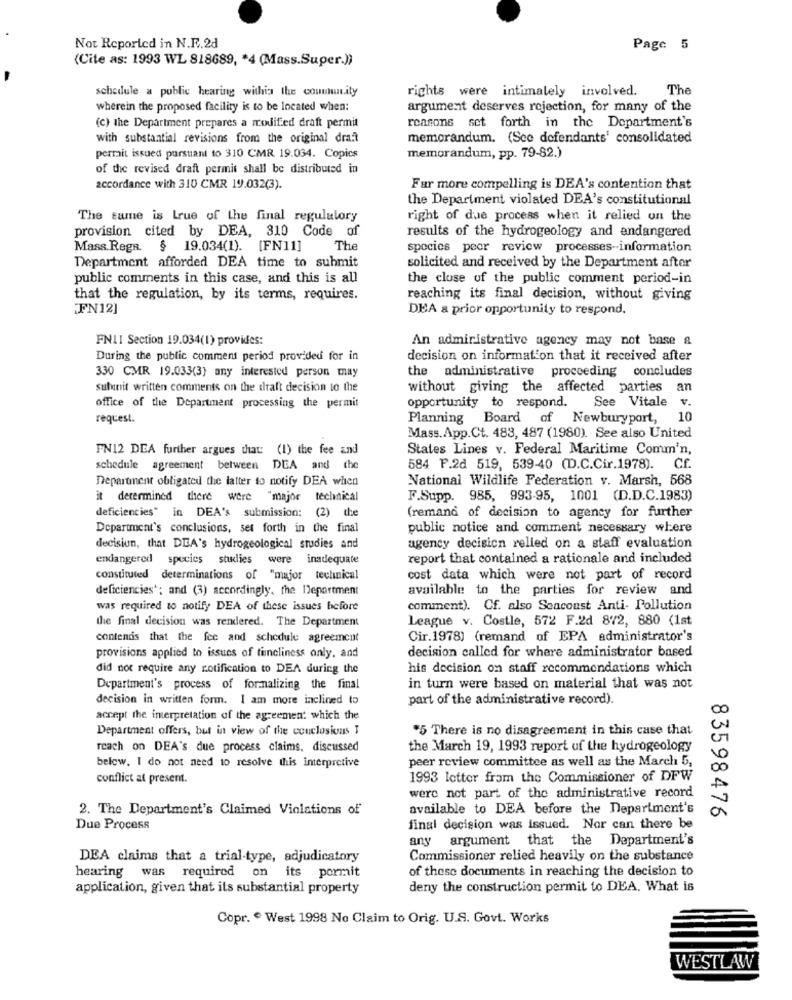
Not Reported in N.F.2d
Page 5
(Cite as: 1993 WL 818689, * 4 (Mass.Super.))
schedule a public hearing withis the community
rights were intimalely involved.
The
wherein the proposed facility is to be located when:
argument deserves rejection, for many of the
reasons set forth in the Department's
(c) the Department prepares a modified draft permia
with substantial revisions from the original draft
memorandum. (Sce defendants' consolidated
permit issued parstiant to 310 CMR 19.034. Copics
memorandum, pp. 79-82.)
of the revised draft permit shall be distributed in
accordance with 310 CMR 19.032(3).
Fur more compelling is DEA's contention that
the Department violated DEA's constitutional
The same is Lrue of the final regulatory
right of due process when it relied on the
provision cited by DEA, 310 Code of
results of the hydrogeology and endangered
Mass.RegR. $ 19.034(1). [FN11]
The
species peer review processes-information
Department afforded DEA time to submit
solicited and received by the Department after
public comments in this case, and this is all
the close of the public comment period-in
that the regulation, by its terms, requires.
reaching its final decision, without giving
FN12]
DEA a prior opportunity to respond.
FNII Section 19.034(1) provides:
An administrative agency may not base a
During the public comment period provided for in
decision on information that it received after
the administrative proceeding concludes
330 CMR 19.033(3) any interested person may
subunit written comments on the draft decision to the
without giving the affected parties an
opportunity to respond. See Vitale v.
office of the Department processing the permit
request.
Planning Board of Newburyport, 10
Mass.App.Ct. 483, 487 (1980). See also United
FN12 DEA further argues that: (1) the fee and
States Lines v. Federal Maritime Comm'n,
schedule agreement between DEA and the
584 F.2d 519, 539-40 (D.C.Cir.1978). Cf.
Department obligated the latter to notify DEA when
National Wildlife Federation v. Marsh, 568
it determined there were "major technical
F.Supp. 985, 993-95, 1001 (D.D.C.1983)
deficiencies" in DEA's submission: (2) the
(remand of decision to agency for further
Department's conclusions, set forth in the final
public notice and comment necessary where
decision, that DEA's hydrogeological studies and
agency decision relied on a staff evaluation
endangered species studies were inadequate
report that contained a rationale and included
constituted determinations of "major technical
cost data which were not part of record
deficiencies; and (3) accordingly. the Deportment
available to the parties for review and
was required to notify DEA of these issues before
comment). Cf. also Seacoast Anti- Pollution
the final decision was rendered. The Department
League v. Costle, 572 F.2d 872, 880 (1st
contentis that the fee and schedule agreement
Cir.1978) (remand of EPA administrator's
decision called for where administrator based
provisions applied to issues of timeliness only, and
did not require any rotification to DEA during the
his decision on staff recommendations which
Department's process of fornalizing the final
in turn were based on material that was not
decision in written form. I am more inclined to
part of the administrative record).
accept the interpretation of the agreement which the
Department offers, but in view of the couclusions I
*5 There is no disagreement in this case that
reach on DEA's due process claims, discussed
the March 19, 1993 report of the hydrogeology
peer review committee as well as the March 5,
below. I do not need to resolve this interpretive
conflict at present.
1993 letter from the Commissioner of DFW
were not part of the administrative record
2. The Department's Claimed Violations of
available to DEA before the Department's
83598476
Due Process
final decision was issued. Nor can there be
any argument that the Department's
DEA claims that a trial-type, adjudicatory
Commissioner relied heavily on the substance
hearing was required on its pormit
of these documents in reaching the decision to
application, given that its substantial property
deny the construction permit to DEA. What is
Copr. º West 1998 No Claim to Orig. U.S. Govt. Works
WESTLAW